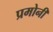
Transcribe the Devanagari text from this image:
प्रमोनी